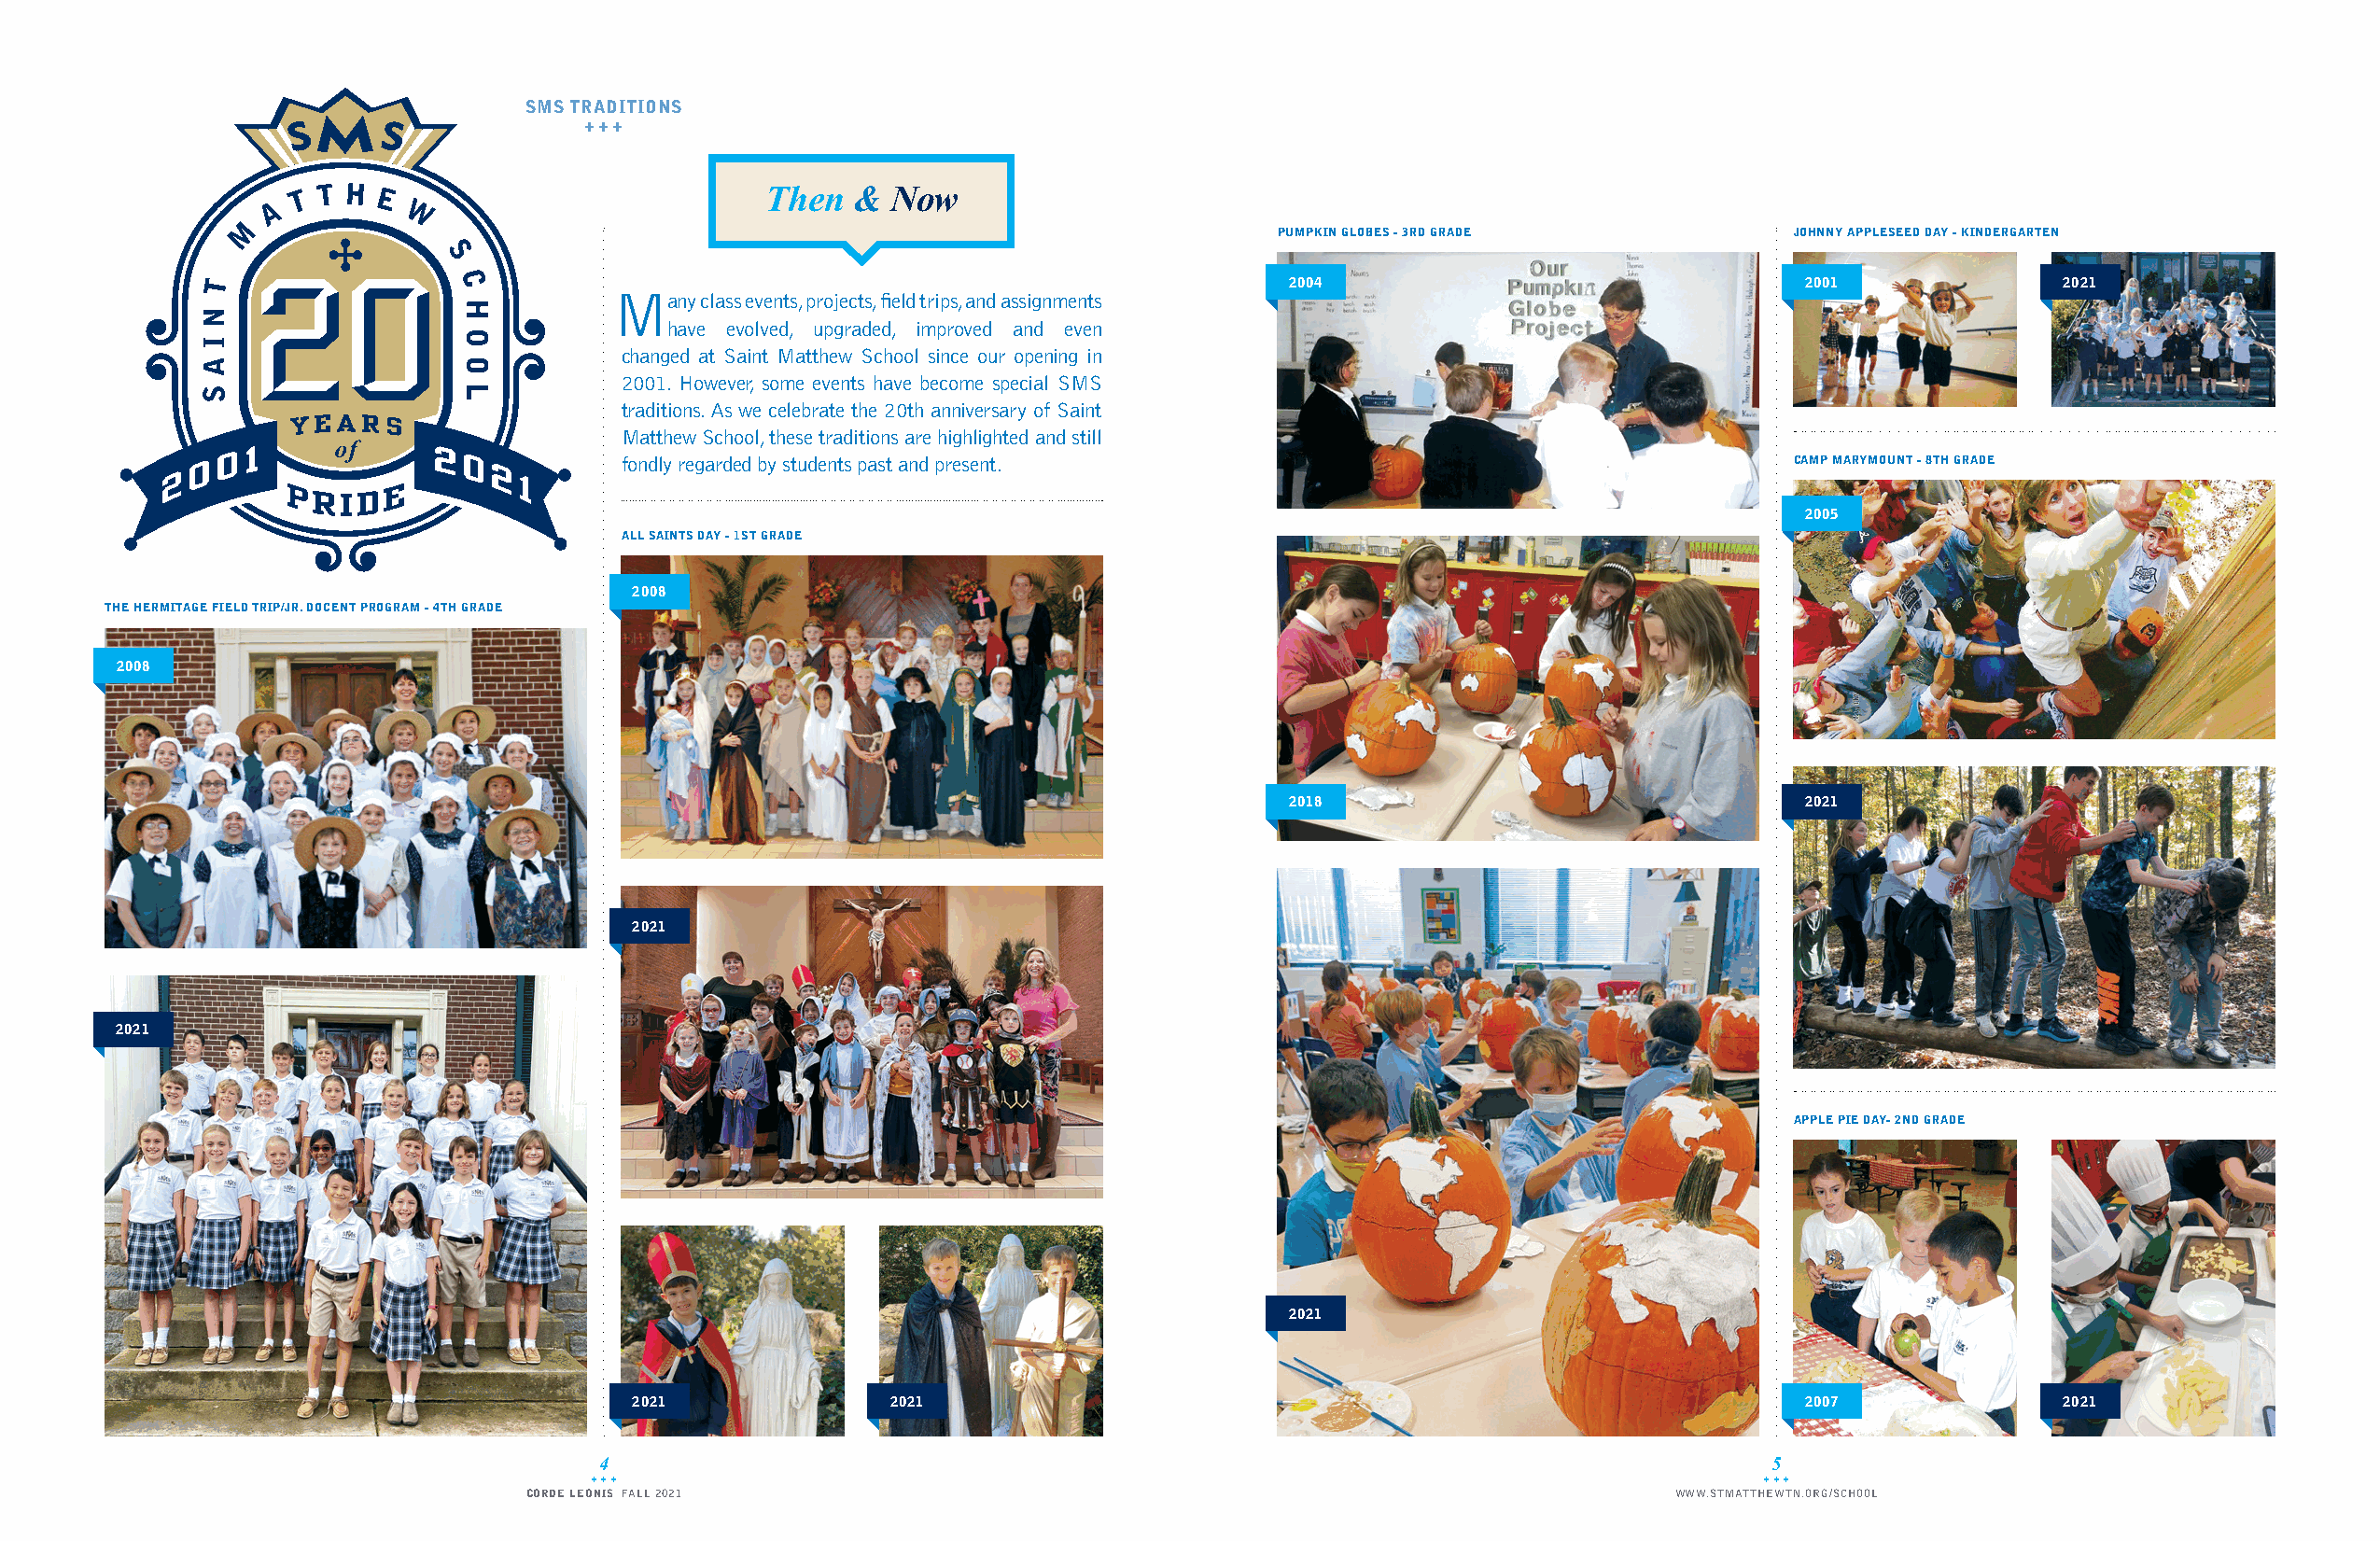
SMS TRADITIONS
 +++
 Then   & Now
 PUMPKIN GLOBES - 3RD GRADE          JOHNNY APPLESEED DAY - KINDERGARTEN
 2004                                 2001              2021
 Many   class events, projects, field trips, and assignments
 have evolved, upgraded, improved and even
 changed at Saint Matthew School since our opening in
 2001. However, some events have become special SMS
 traditions. As we celebrate the 20th anniversary of Saint
 Matthew School, these traditions are highlighted and still
 fondly regarded by students past and present.                                      CAMP MARYMOUNT - 8TH GRADE
 2005
 ALL SAINTS DAY - 1ST GRADE
 2008
 THE HERMITAGE FIELD TRIP/JR. DOCENT PROGRAM - 4TH GRADE
 2008
 2018                                 2021
 2021
 2021
 APPLE PIE DAY- 2ND GRADE
 2021
 2021              2021                                                             2007              2021
 4                                                                                   5
 +++                                                                                +++
 CORDE LEONIS FALL 2021                                                            WWW.STMATTHEWTN.ORG/SCHOOL